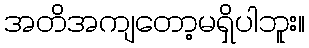
အတိအကျတော့မရှိပါဘူး။